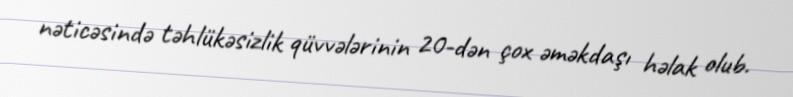
nəticəsində təhlükəsizlik qüvvələrinin 20-dən çox əməkdaşı həlak olub.